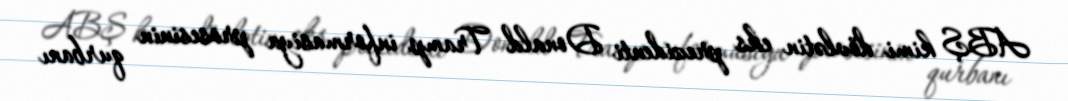
ABŞ kimi dövlətin eks prezidenti Donald Tramp informasiya prosesinin qurbanı